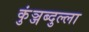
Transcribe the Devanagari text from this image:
कुंञ्जब्दुल्ला